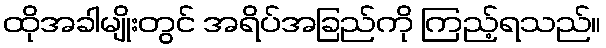
ထိုအခါမျိုးတွင် အရိပ်အခြည်ကို ကြည့်ရသည်။